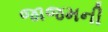
જાજમની